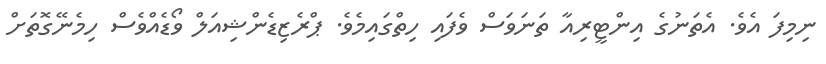
ނިމިފަ އެވެ. އެތަނުގެ އިންޓީރިއާ ތަނަވަސް ވެފައި ހިތްގައިމެވެ. ޕްރެޒިޑެންޝިއަލް ވޯޑެއްވެސް ހިމެނޭގޮތަށް